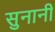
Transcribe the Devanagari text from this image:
सुनानी